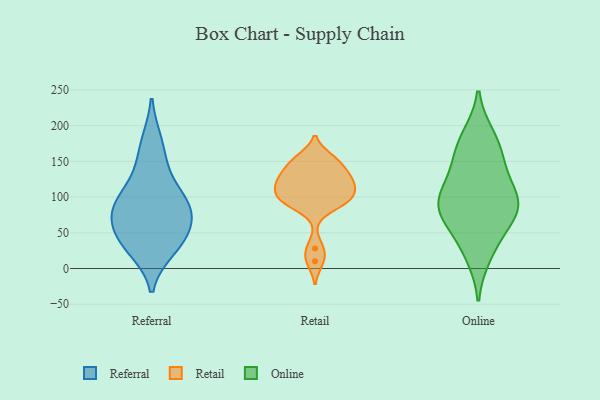
{"axis": {"x": "Churn Rate (%)", "y": "Value"}, "legend": ["Online", "Referral", "Retail"], "data": [{"x": "", "y": 141, "type": "Referral"}, {"x": "", "y": 66, "type": "Referral"}, {"x": "", "y": 39, "type": "Referral"}, {"x": "", "y": 82, "type": "Referral"}, {"x": "", "y": 100, "type": "Referral"}, {"x": "", "y": 28, "type": "Referral"}, {"x": "", "y": 96, "type": "Referral"}, {"x": "", "y": 77, "type": "Referral"}, {"x": "", "y": 39, "type": "Referral"}, {"x": "", "y": 177, "type": "Referral"}, {"x": "", "y": 93, "type": "Retail"}, {"x": "", "y": 126, "type": "Retail"}, {"x": "", "y": 90, "type": "Retail"}, {"x": "", "y": 149, "type": "Retail"}, {"x": "", "y": 154, "type": "Retail"}, {"x": "", "y": 128, "type": "Retail"}, {"x": "", "y": 10, "type": "Retail"}, {"x": "", "y": 28, "type": "Retail"}, {"x": "", "y": 95, "type": "Retail"}, {"x": "", "y": 117, "type": "Retail"}, {"x": "", "y": 128, "type": "Retail"}, {"x": "", "y": 116, "type": "Retail"}, {"x": "", "y": 102, "type": "Retail"}, {"x": "", "y": 101, "type": "Retail"}, {"x": "", "y": 149, "type": "Retail"}, {"x": "", "y": 103, "type": "Online"}, {"x": "", "y": 145, "type": "Online"}, {"x": "", "y": 177, "type": "Online"}, {"x": "", "y": 184, "type": "Online"}, {"x": "", "y": 37, "type": "Online"}, {"x": "", "y": 19, "type": "Online"}, {"x": "", "y": 73, "type": "Online"}, {"x": "", "y": 153, "type": "Online"}, {"x": "", "y": 79, "type": "Online"}, {"x": "", "y": 87, "type": "Online"}, {"x": "", "y": 113, "type": "Online"}, {"x": "", "y": 96, "type": "Online"}, {"x": "", "y": 78, "type": "Online"}]}